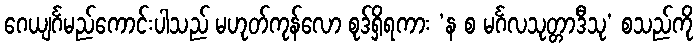
ဂေယျင်္ဂမည်ကောင်းပါသည် မဟုတ်ကုန်လော စုဒ်ရှိရကား ‘န စ မင်္ဂလသုတ္တာဒီသု’ စသည်ကို